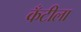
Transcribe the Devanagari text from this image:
कँटीला